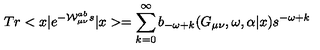
T r < x | e ^ { - { \cal { W } } _ { \mu \nu } ^ { a b } s } | x > = \sum _ { k = 0 } ^ { \infty } b _ { - \omega + k } ( G _ { \mu \nu } , \omega , \alpha | x ) s ^ { - \omega + k }